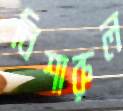
নিশারুল